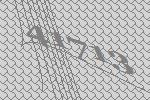
41713